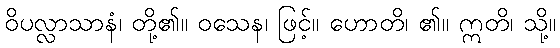
ဝိပလ္လာသာနံ၊ တို့၏။ ဝသေန၊ ဖြင့်။ ဟောတိ၊ ၏။ ဣတိ၊ သို့။